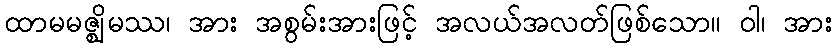
ထာမမဇ္ဈိမဿ၊ အား အစွမ်းအားဖြင့် အလယ်အလတ်ဖြစ်သော။ ဝါ၊ အား